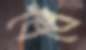
বেধেঁ